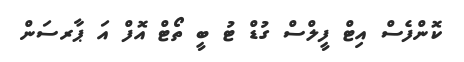
ކޮންފެސް އިޓް ފީލްސް ގުޑް ޓު ބީ ތޯޓް އޮފް އަ ޕާރސަން